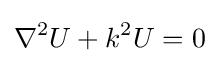
\nabla ^{2}U+k^{2}U=0